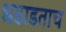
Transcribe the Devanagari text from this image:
धडाडताच